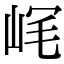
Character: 𡶮